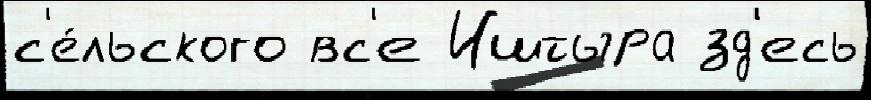
с'е́льского вс'е Иштыра зд'есь